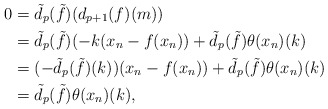
\begin{align*} 0&= \tilde d_p(\tilde f)(d_{p+1}(f)(m)) \\&= \tilde d_p(\tilde f)(-k(x_n - f(x_n)) + \tilde d_p(\tilde f)\theta (x_n)(k)\\&= (-\tilde d_p(\tilde f)(k))(x_n - f(x_n)) + \tilde d_p(\tilde f)\theta(x_n)(k)\\&= \tilde d_p(\tilde f)\theta(x_n)(k),\\ \end{align*}